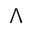
\Lambda